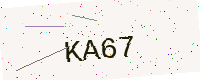
Text: KA67